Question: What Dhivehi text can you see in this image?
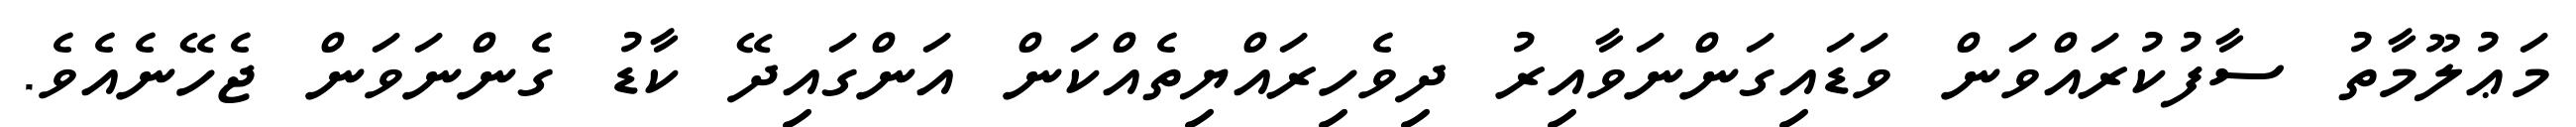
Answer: މަޢުލޫމާތު ސާފުކުރައްވަން ވަޑައިގަންނަވާއިރު ދިވެހިރައްޔިތެއްކަން އަންގައިދޭ ކާޑު ގެންނަވަން ޖެހޭނެއެވެ.